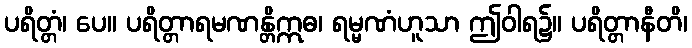
ပရိတ္တံ၊ ပေ။ ပရိတ္တာရမဏန္တိဣဓ၊ ရမ္မဏံဟူသာ ဤဝါရ၌။ ပရိတ္တာနီတိ၊